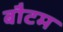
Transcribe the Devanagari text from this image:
बौटम